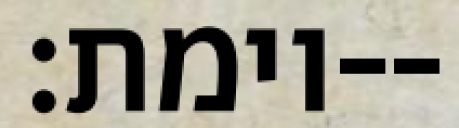
וימת׃--